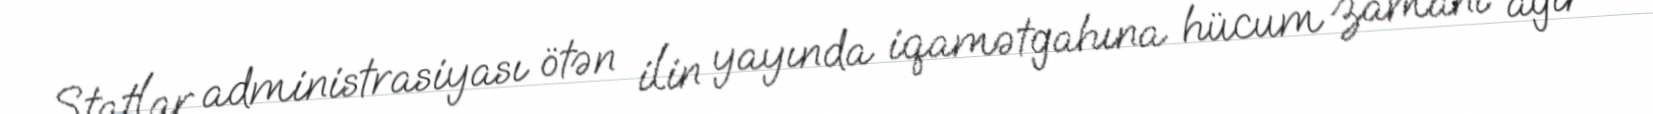
Ştatlar administrasiyası ötən ilin yayında iqamətgahına hücum zamanı ağır